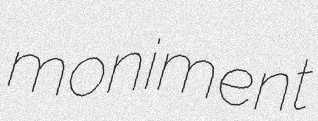
moniment